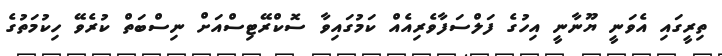
ތިރީގައި އެވަނީ ޔޫނާނީ އިހުގެ ފަލްސަފާވެރިއެއް ކަމުގައިވާ ސޮކްރޭޓިސްއަށް ނިސްބަތް ކުރެވޭ ހިކުމަތުގެ